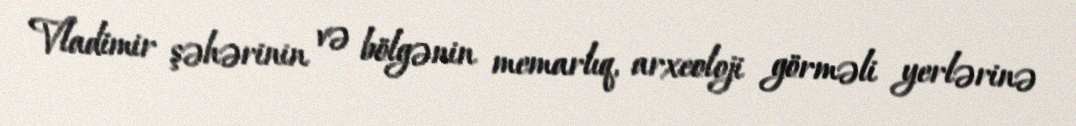
Vladimir şəhərinin və bölgənin memarlıq, arxeoloji görməli yerlərinə